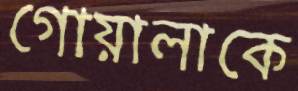
গোয়ালাকে